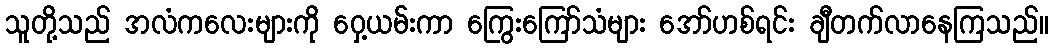
သူတို့သည် အလံကလေးများကို ဝှေ့ယမ်းကာ ကြွေးကြော်သံများ အော်ဟစ်ရင်း ချီတက်လာနေကြသည်။